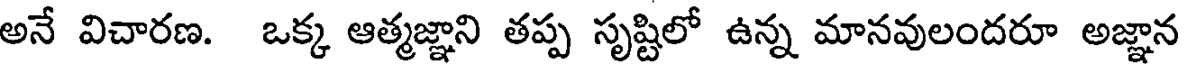
అనే విచారణ. ఒక్క ఆత్మజ్ఞాని తప్ప సృష్టిలో ఉన్న మానవులందరూ అజ్ఞాన